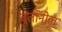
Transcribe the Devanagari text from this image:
बुतानोल